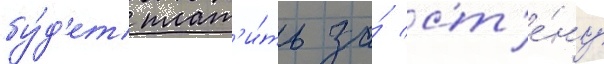
бу́д'ет плат'и́ть за́ ст'е́ну